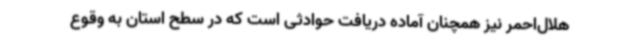
هلال‌احمر نیز همچنان آماده دریافت حوادثی است که در سطح استان به وقوع